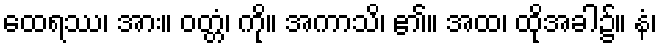
ထေရဿ၊ အား။ ဝတ္တံ၊ ကို။ အကာသိ၊ ၏။ အထ၊ ထိုအခါ၌။ နံ၊